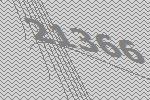
21366